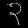
Digit: ၃